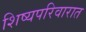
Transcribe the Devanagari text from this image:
शिष्यपरिवारात